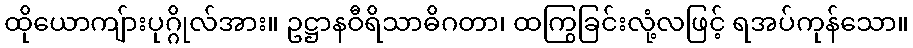
ထိုယောကျ်ားပုဂ္ဂိုလ်အား။ ဥဋ္ဌာနဝီရိသာဓိဂတာ၊ ထကြွခြင်းလုံ့လဖြင့် ရအပ်ကုန်သော။